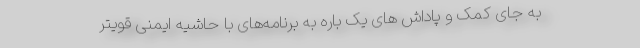
به جای کمک و پاداش های یک باره به برنامه‌های با حاشیه ایمنی قویتر